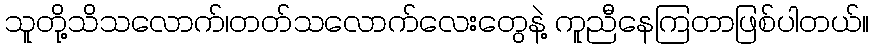
သူတို့သိသလောက်၊တတ်သလောက်လေးတွေနဲ့ ကူညီနေကြတာဖြစ်ပါတယ်။